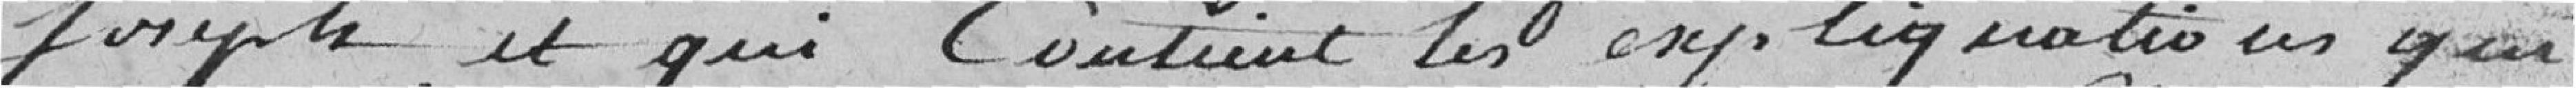
Joseph, et qui contient les explications qui